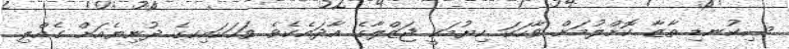
ސިކުނޑި ތާޒާ ކޮށްލުމަށް ވާހަކަ ކިޔުމަކީ ޖަޒްލާގެ އާދައެކެވެ. ވަހަކައިކގެ ދުނިޔެއަށް ގެއްލި